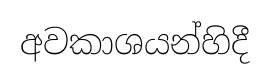
අවකාශයන්හිදී